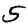
Digit: 5